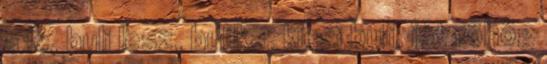
a lé, buli lesz, bulika, kicsi buli, jót röhög